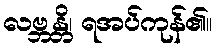
လဗ္ဘန္တိ၊ ရအပ်ကုန်၏။